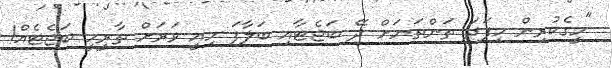
"މީގެކުރިން މިފަދަ ތަންތަނަށް ދޭ ބަޖެޓާއި ބަލާފަ މިއީ ވަރަށް ތާރީހީ ބަޖެޓެއް!